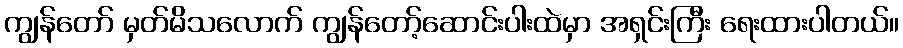
ကျွန်တော် မှတ်မိသလောက် ကျွန်တော့်ဆောင်းပါးထဲမှာ အရှင်းကြီး ရေးထားပါတယ်။